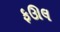
ફઊલ